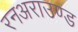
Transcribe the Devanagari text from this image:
रनअराउण्ड